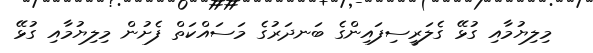
މިލިޔުމާއި ގުޅޭ ގެލަރީސިފައިންގެ ބަނދަރުގެ މަސައްކަތް ފެށުން މިލިޔުމާއި ގުޅޭ